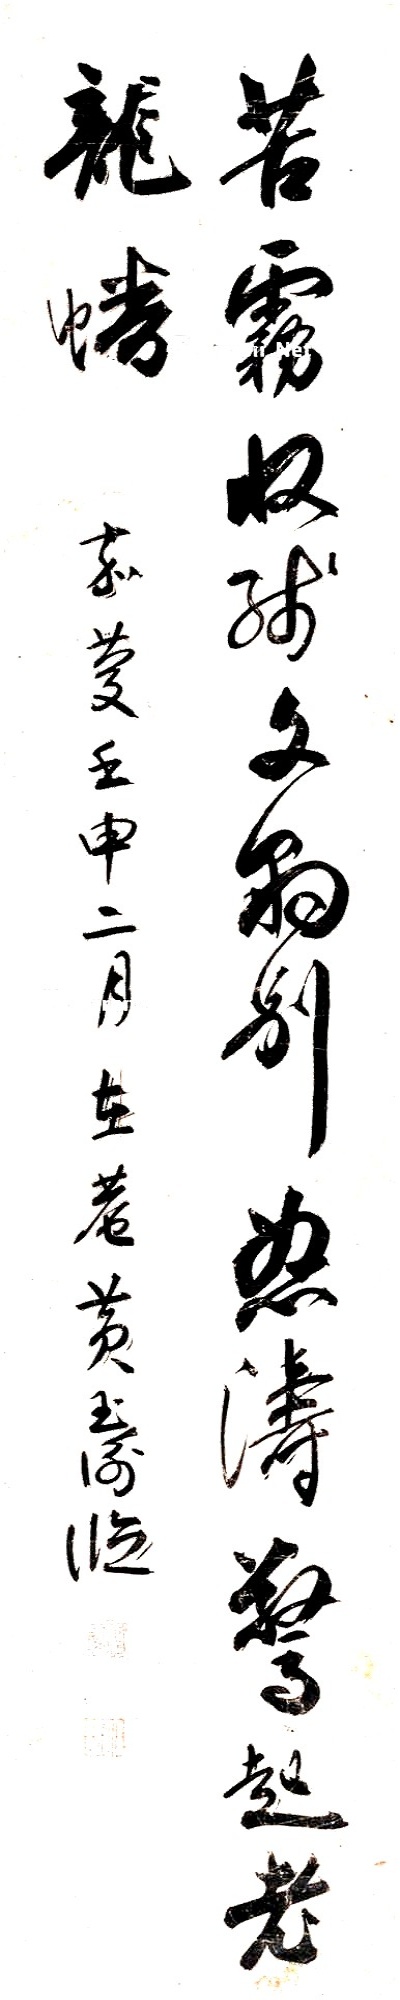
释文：苦雾收残文豹别，怒涛惊起老龙蟠。嘉庆壬申二月，在庵黄玉衡临。